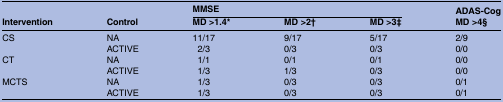
| <ROWSPAN=2> Intervention | <ROWSPAN=2> Control | <COLSPAN=3> MMSE | ADAS-Cog |
 | MD >1.4* | MD >2† | MD >3‡ | MD >4§ |
 | --- | --- | --- | --- | --- | --- |
 | <ROWSPAN=2> CS | NA | 11/17 | 9/17 | 5/17 | 2/9 |
 | ACTIVE | 2/3 | 0/3 | 0/3 | 0/0 |
 | <ROWSPAN=2> CT | NA | 1/1 | 0/1 | 0/1 | 0/0 |
 | ACTIVE | 1/3 | 1/3 | 0/3 | 0/0 |
 | <ROWSPAN=2> MCTS | NA | 1/3 | 0/3 | 0/3 | 0/1 |
 | ACTIVE | 1/3 | 0/3 | 0/3 | 0/1 |